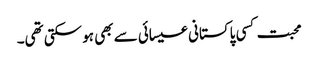
محبت کسی پاکستانی عیسائی سے بھی ہو سکتی تھی۔